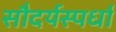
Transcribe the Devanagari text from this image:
सौदर्यस्पर्धा